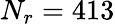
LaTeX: N_{r}=413